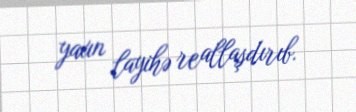
yaxın layihə reallaşdırıb.